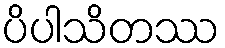
ပိပါသိတဿ